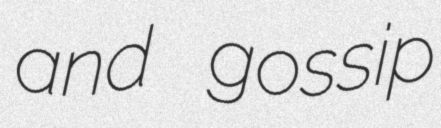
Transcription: and gossip